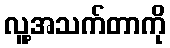
လူ့အသက်တာကို